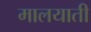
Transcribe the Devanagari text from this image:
मालयाती